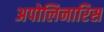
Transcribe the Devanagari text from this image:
अपोलिनारिस